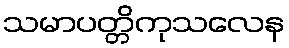
သမာပတ္တိကုသလေန